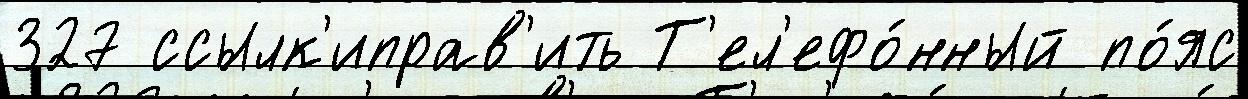
327 ссылк'иправ'ить Т'ел'ефо́нный по́яс